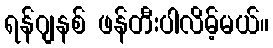
ရန်ဂျနစ် ဖန်တီးပါလိမ့်မယ်။